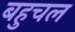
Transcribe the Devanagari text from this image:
बहुचल